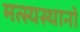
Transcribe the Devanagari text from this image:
मत्स्यस्थानों